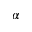
\alpha